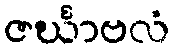
ဇင်္ဃာဗလံ